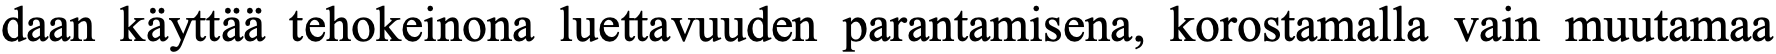
daan käyttää tehokeinona luettavuuden parantamisena, korostamalla vain muutamaa